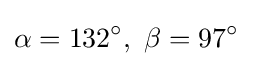
\alpha =132^{\circ },\ \beta =97^{\circ }\